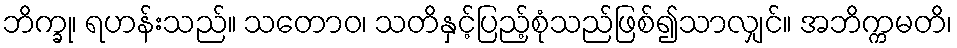
ဘိက္ခု၊ ရဟန်းသည်။ သတောဝ၊ သတိနှင့်ပြည့်စုံသည်ဖြစ်၍သာလျှင်။ အဘိက္ကမတိ၊